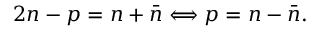
2 n - p = n + \bar { n } \Longleftrightarrow p = n - \bar { n } .